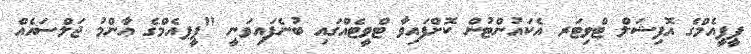
ޕީޕީއެމްގެ އޮފިޝަލް ޓްވިޓަރ އެކައުންޓުން ކޮށްފައިވާ ޓްވީޓެއްގައި ބުނެފައިވަނީ "ޕީޕއެމްގެ ޢާންމު ޖަލްސައެއް